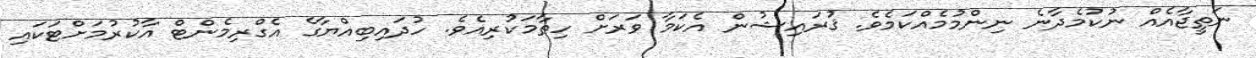
ނަތީޖާއެއް ނުކުމެދާނެ ނިންމުމެއްކަމެވެ. ޤުރައިޝުން އެކަމާ ވަރަށް ހިތާމަކުރިއެވެ. ހުދައިބިއްޔާގެ އެގްރިމެންޓް އާކުރުމަށްޓަކައި